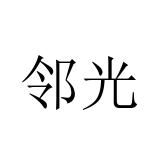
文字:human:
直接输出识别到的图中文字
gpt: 邻光